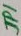
Text: JP1